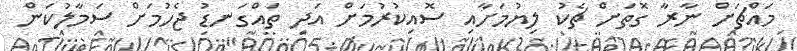
މައްޗަށް ނާރާ ގޮތަށް ޗެކު ލިޔުމަށާއި ސޮއިކުރުމަށް އަދި ތައްގަނޑު ޖެހުމަށް ސަމާލުކަން